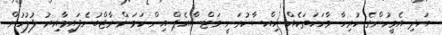
އަދި އެމީހުންގެ ހުރިހާ ވާހަކަތަކެއް ހިއްސާކުރަނީ ވަޓްސްއެޕް އިން ކަމަށް ރާޖްބުނެފައިވާއިރު ފުލުހުން